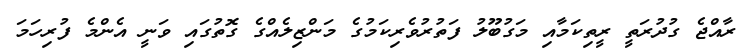
ރާއްޖެ ގުދުރަތީ ރީތިކަމާއި މަގުބޫލު ފަތުރުވެރިކަމުގެ މަންޒިލެއްގެ ގޮތުގައި ވަނީ އެންމެ ފުރިހަމަ